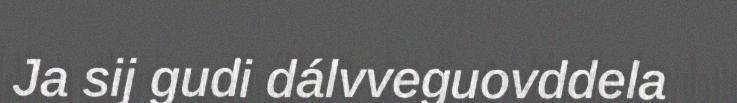
Ja sij gudi dálvveguovddela